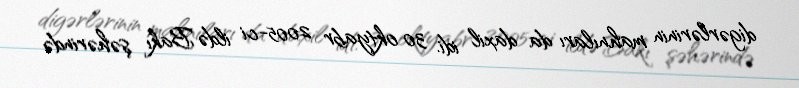
digərlərinin mahnıları da daxil idi. 30 oktyabr 2005-ci ildə Bakı şəhərində